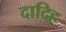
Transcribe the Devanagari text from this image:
दादिह